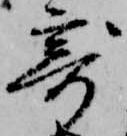
寄